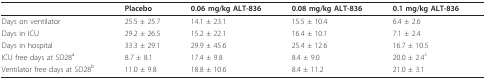
<table><thead><tr><td></td><td><b>Placebo</b></td><td><b>0.06 mg/kg ALT-836</b></td><td><b>0.08 mg/kg ALT-836</b></td><td><b>0.1 mg/kg ALT-836</b></td></tr></thead><tbody><tr><td>Days on ventilator</td><td>25.5 ± 25.7</td><td>14.1 ± 23.1</td><td>15.5 ± 10.4</td><td>6.4 ± 2.6</td></tr><tr><td>Days in ICU</td><td>29.2 ± 26.5</td><td>15.2 ± 22.1</td><td>16.4 ± 10.1</td><td>7.1 ± 2.4</td></tr><tr><td>Days in hospital</td><td>33.3 ± 29.1</td><td>29.9 ± 45.6</td><td>25.4 ± 12.6</td><td>16.7 ± 10.5</td></tr><tr><td>ICU free days at SD28<sup>a</sup></td><td>8.7 ± 8.1</td><td>17.4 ± 9.8</td><td>8.4 ± 9.0</td><td>20.0 ± 2.4<sup>c</sup></td></tr><tr><td>Ventilator free days at SD28<sup>b</sup></td><td>11.0 ± 9.8</td><td>18.8 ± 10.6</td><td>8.4 ± 11.2</td><td>21.0 ± 3.1</td></tr></tbody></table>